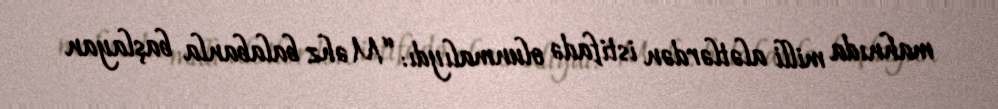
mahnıda milli alətlərdən istifadə olunmalıydı: “Məhz balabanla başlayan